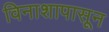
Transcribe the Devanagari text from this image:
विनाशापासून